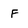
Character: F